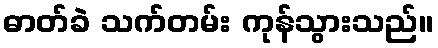
ဓာတ်ခဲ သက်တမ်း ကုန်သွားသည်။